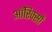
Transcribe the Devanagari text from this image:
ऑरिक्सों